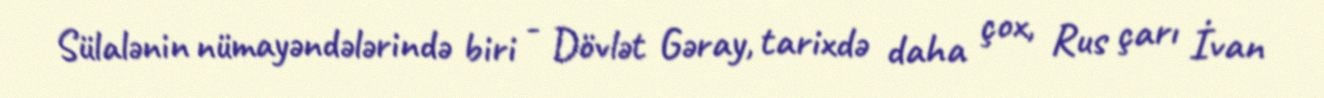
Sülalənin nümayəndələrində biri - Dövlət Gəray, tarixdə daha çox, Rus çarı İvan